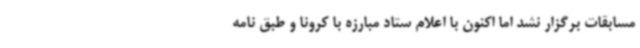
مسابقات برگزار نشد اما اکنون با اعلام ستاد مبارزه با کرونا و طبق نامه